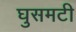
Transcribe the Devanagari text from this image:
घुसमटी